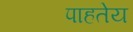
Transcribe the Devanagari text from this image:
पाहतेय